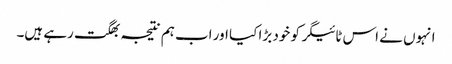
انہوں نے اس ٹائیگر کو خود بڑا کیا اور اب ہم نتیجہ بھگت رہے ہیں۔